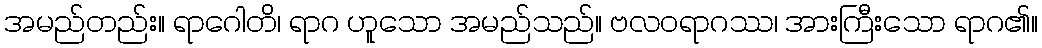
အမည်တည်း။ ရာဂေါတိ၊ ရာဂ ဟူသော အမည်သည်။ ဗလဝရာဂဿ၊ အားကြီးသော ရာဂ၏။